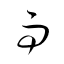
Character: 雨